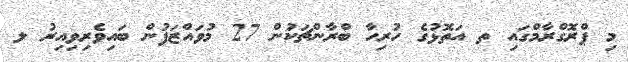
މި ޕްރޮގްރާމްގައި ތ އަތޮޅުގެ ހުރިހާ ބްރާންޗަކުން 27 މުވައްޒަފުން ބައިވެރިވިއިރު ލ